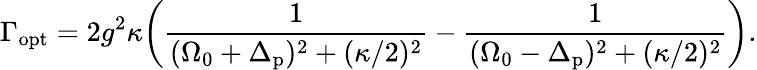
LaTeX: \Gamma_{\mathrm{opt}}=2g^{2}\kappa\bigg(\frac{1}{(\Omega_{0}+\Delta_{\mathrm{p}})^{2}+(\kappa/2)^{2}}-\frac{1}{(\Omega_{0}-\Delta_{\mathrm{p}})^{2}+(\kappa/2)^{2}}\bigg).